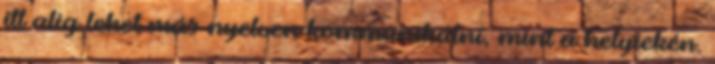
itt alig lehet más nyelven kommunikálni, mint a helyiekén.